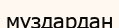
мұздардан